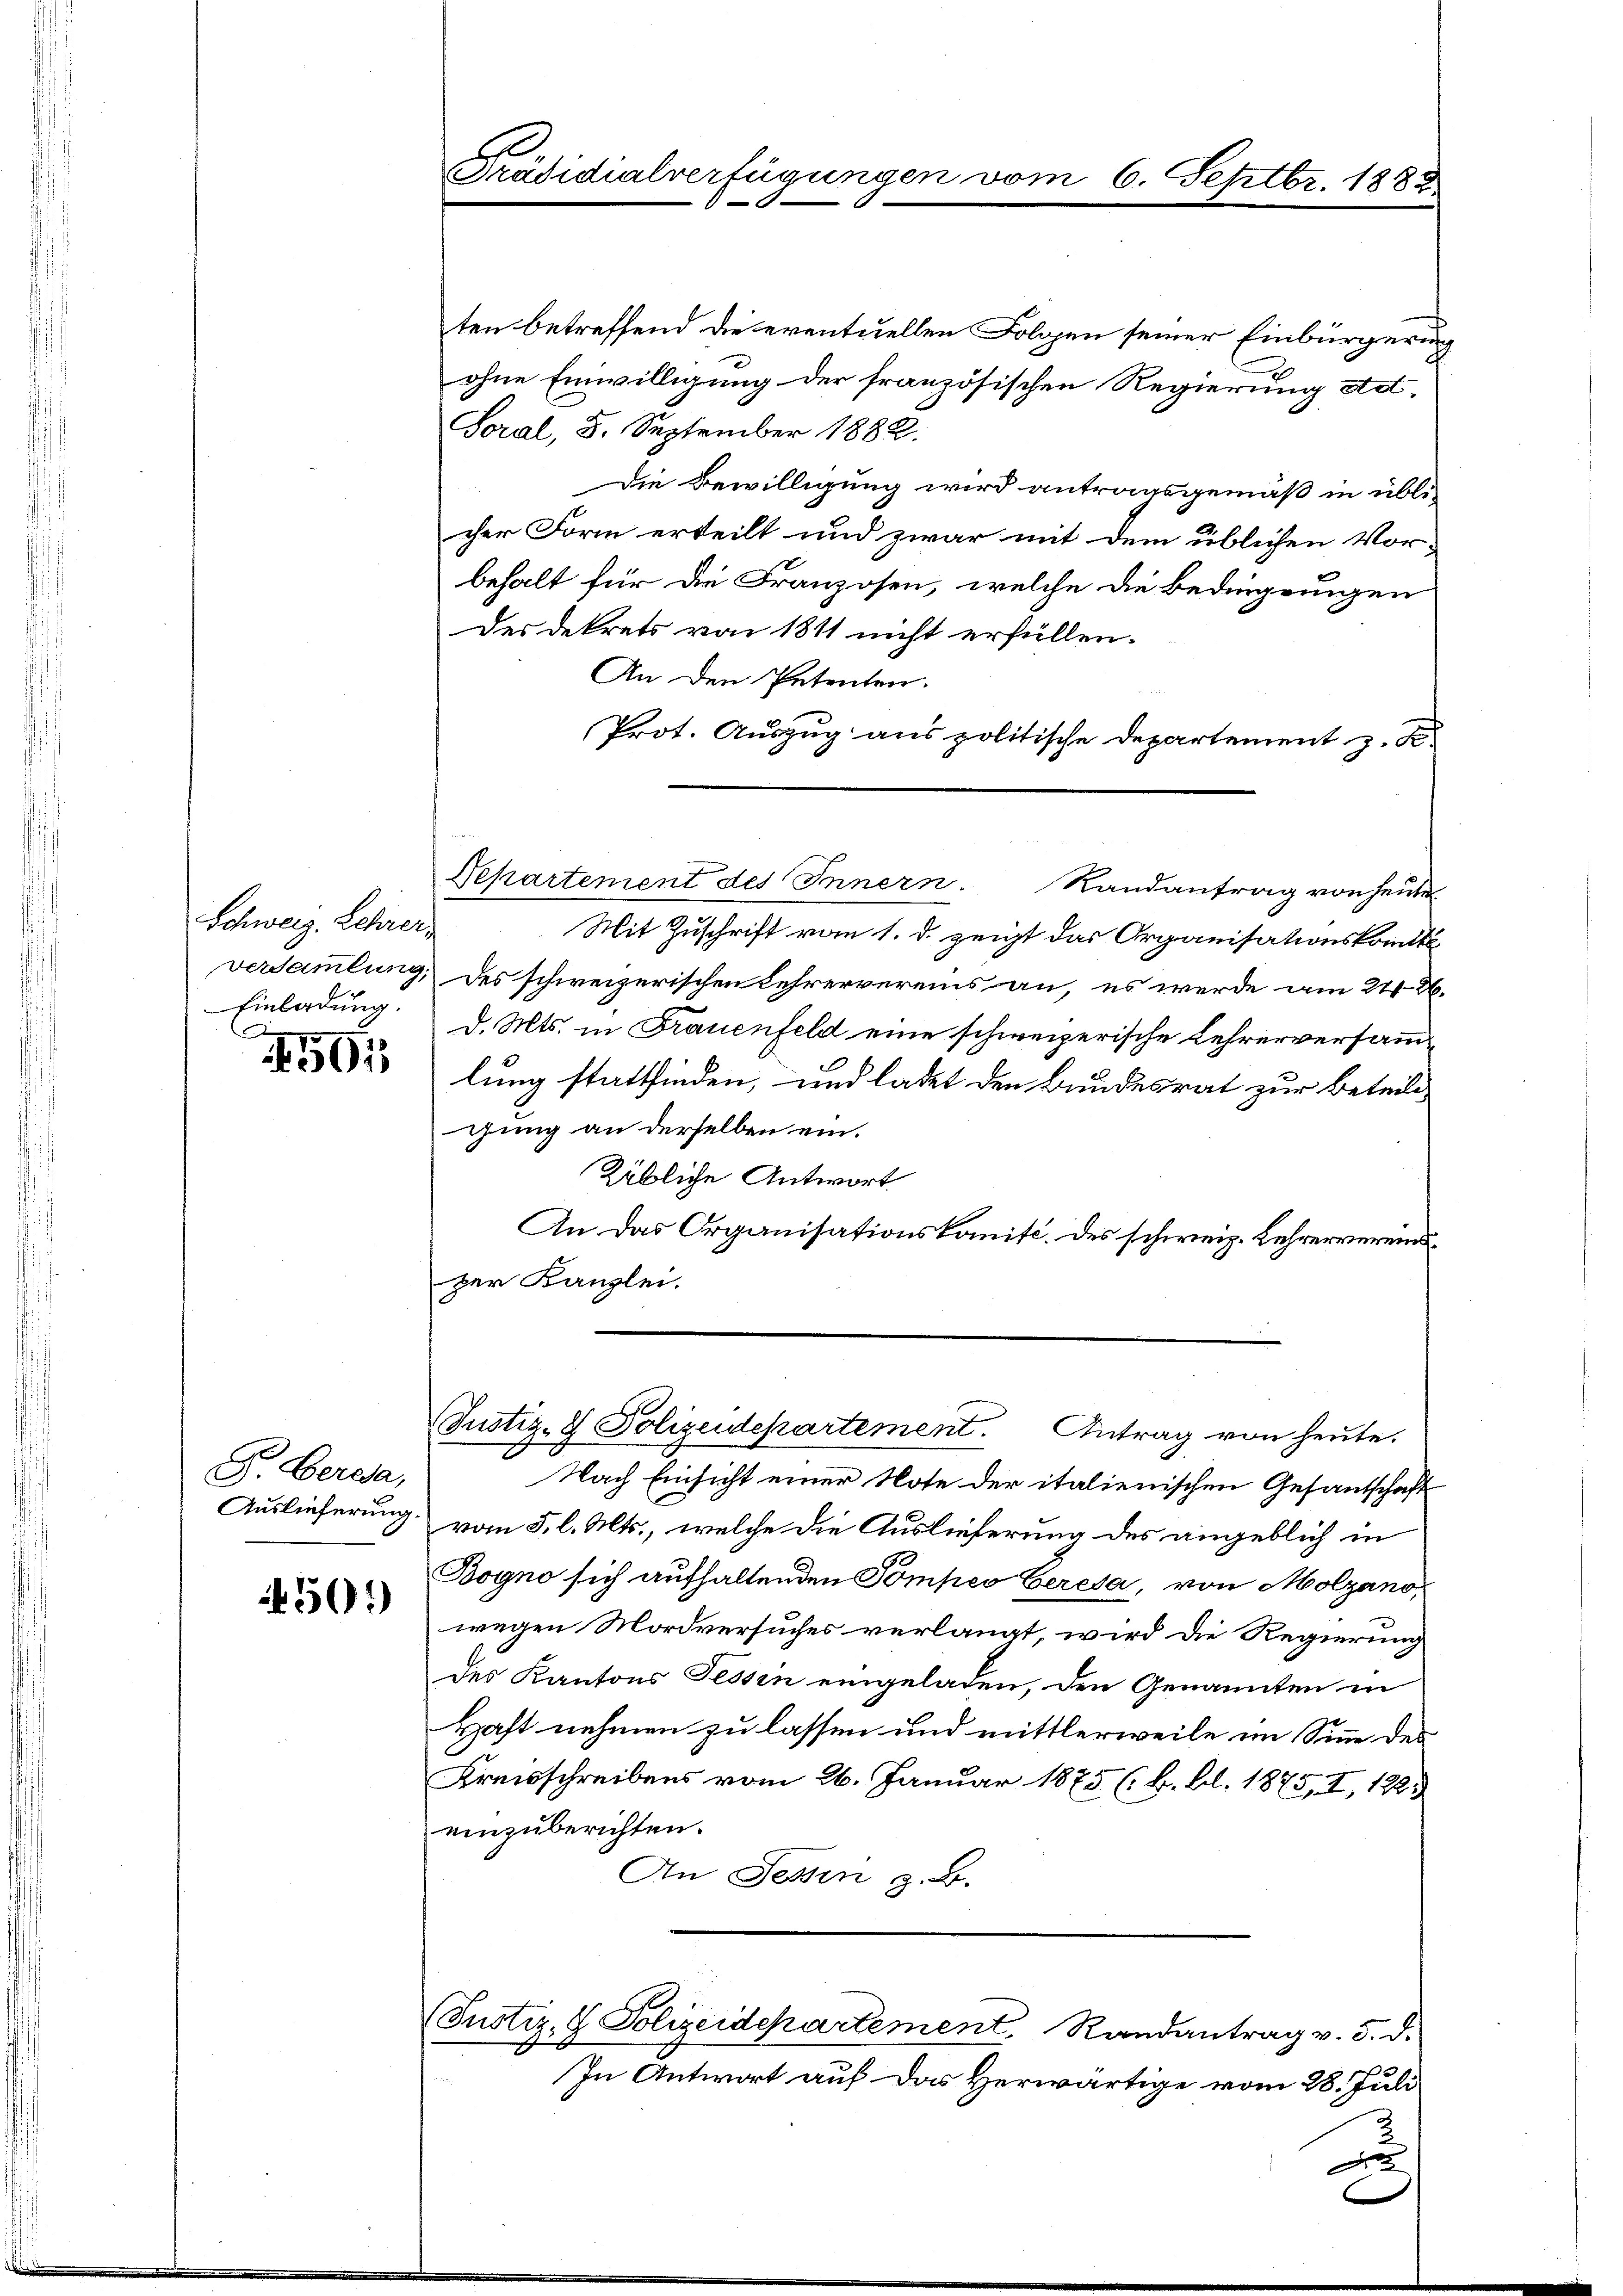
Schweiz. Lehrer¬
Versammlung,
Einladung.

501

F. Bereda,
Auslieferung

4501)

Präsidialverfügungen vom 6. Septbr. 1883

ten betreffend die eventuellen Folgen seiner Einbürgerung
ohne Einwilligung der französischen Regierung ad-
Foral, 5. September 1882.
Die Bewilligung wird antragsgemäß in übli-
cher Form erteilt und zwar mit dem üblichen Vor-
behalt für die Franzosen, welche die Bedingungen
Des Dekrets von 1811 nicht erfüllen.
An den Petenten.
Prot. Auszug aus politische Departement z. B.
Mit Zuschrift vom 1. d. zeigt das Organisationskommt
des schweizerischen Lehrervereins an, es werde am 21426.
d. Mts. in Frauenfeld eine schweizerische Lehrerversammlung stattfinden, und ladet den Bundesrat zur Beteiligung an derselben ein.
Rübliche Antwort
An das Organisationskomisc. des schweiz. Lehrervereindzer Kanzlei.
Justiz- & Polizeidepartement. Antrag von heute.
Nach Einsicht einer Note der italienischen Gesantschaft
vom 3. l. Mts., welche die Auslieferung des angeblich in
Bogno sich aufhaltenden Pompeo Ceresa von Molzano,
wegen Mordversuches verlangt, wird die Regierung
des Kantons Tessin eingeladen, den Genannten in
Haft nehmen zu lassen und mittlerweile im Sinne des
Kreisschreibens vom 26. Januar 1875 (B. Bl. 1875, I, 122.
einzuberichten.
An Tessin z. B.
Justiz- & Polizeidepartement, Randantrag v. 5. d.
In Antwort auf das Herwärtige vom 28. Juli
J

Departement des Innern. Randantrag von heute